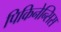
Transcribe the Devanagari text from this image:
पिकिनेन्सिस